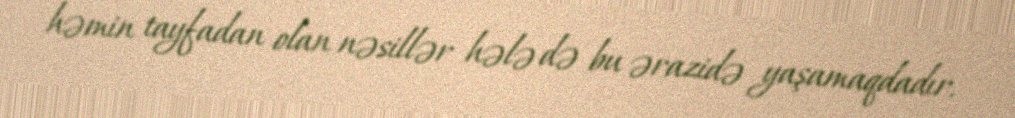
həmin tayfadan olan nəsillər hələ də bu ərazidə yaşamaqdadır.